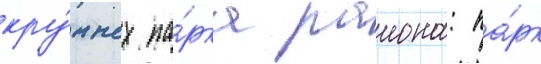
кру́пных па́рка раиона: па́рк